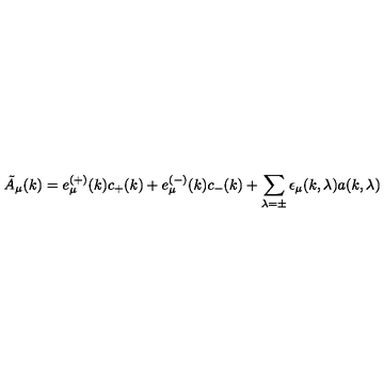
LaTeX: \tilde { A } _ { \mu } ( k ) = e _ { \mu } ^ { \left( + \right) } ( k ) c _ { + } ( k ) + e _ { \mu } ^ { \left( - \right) } ( k ) c _ { - } ( k ) + \sum _ { \lambda = \pm } \epsilon _ { \mu } ( k , \lambda ) a ( k , \lambda )